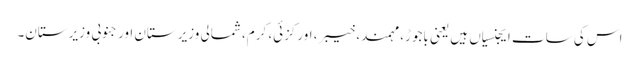
اس کی سات ایجنسیاں ہیں یعنی باجوڑ، مہمند، خیبر، اورکزئی، کرم، شمالی وزیرستان اور جنوبی وزیرستان۔